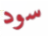
سود